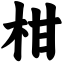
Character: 柑